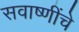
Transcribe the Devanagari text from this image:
सवाष्णींचे